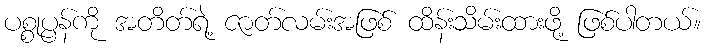
ပစ္စုပ္ပန်ကို အတိတ်ရဲ့ ဇာတ်လမ်းအဖြစ် ထိန်းသိမ်းထားဖို့ ဖြစ်ပါတယ်။